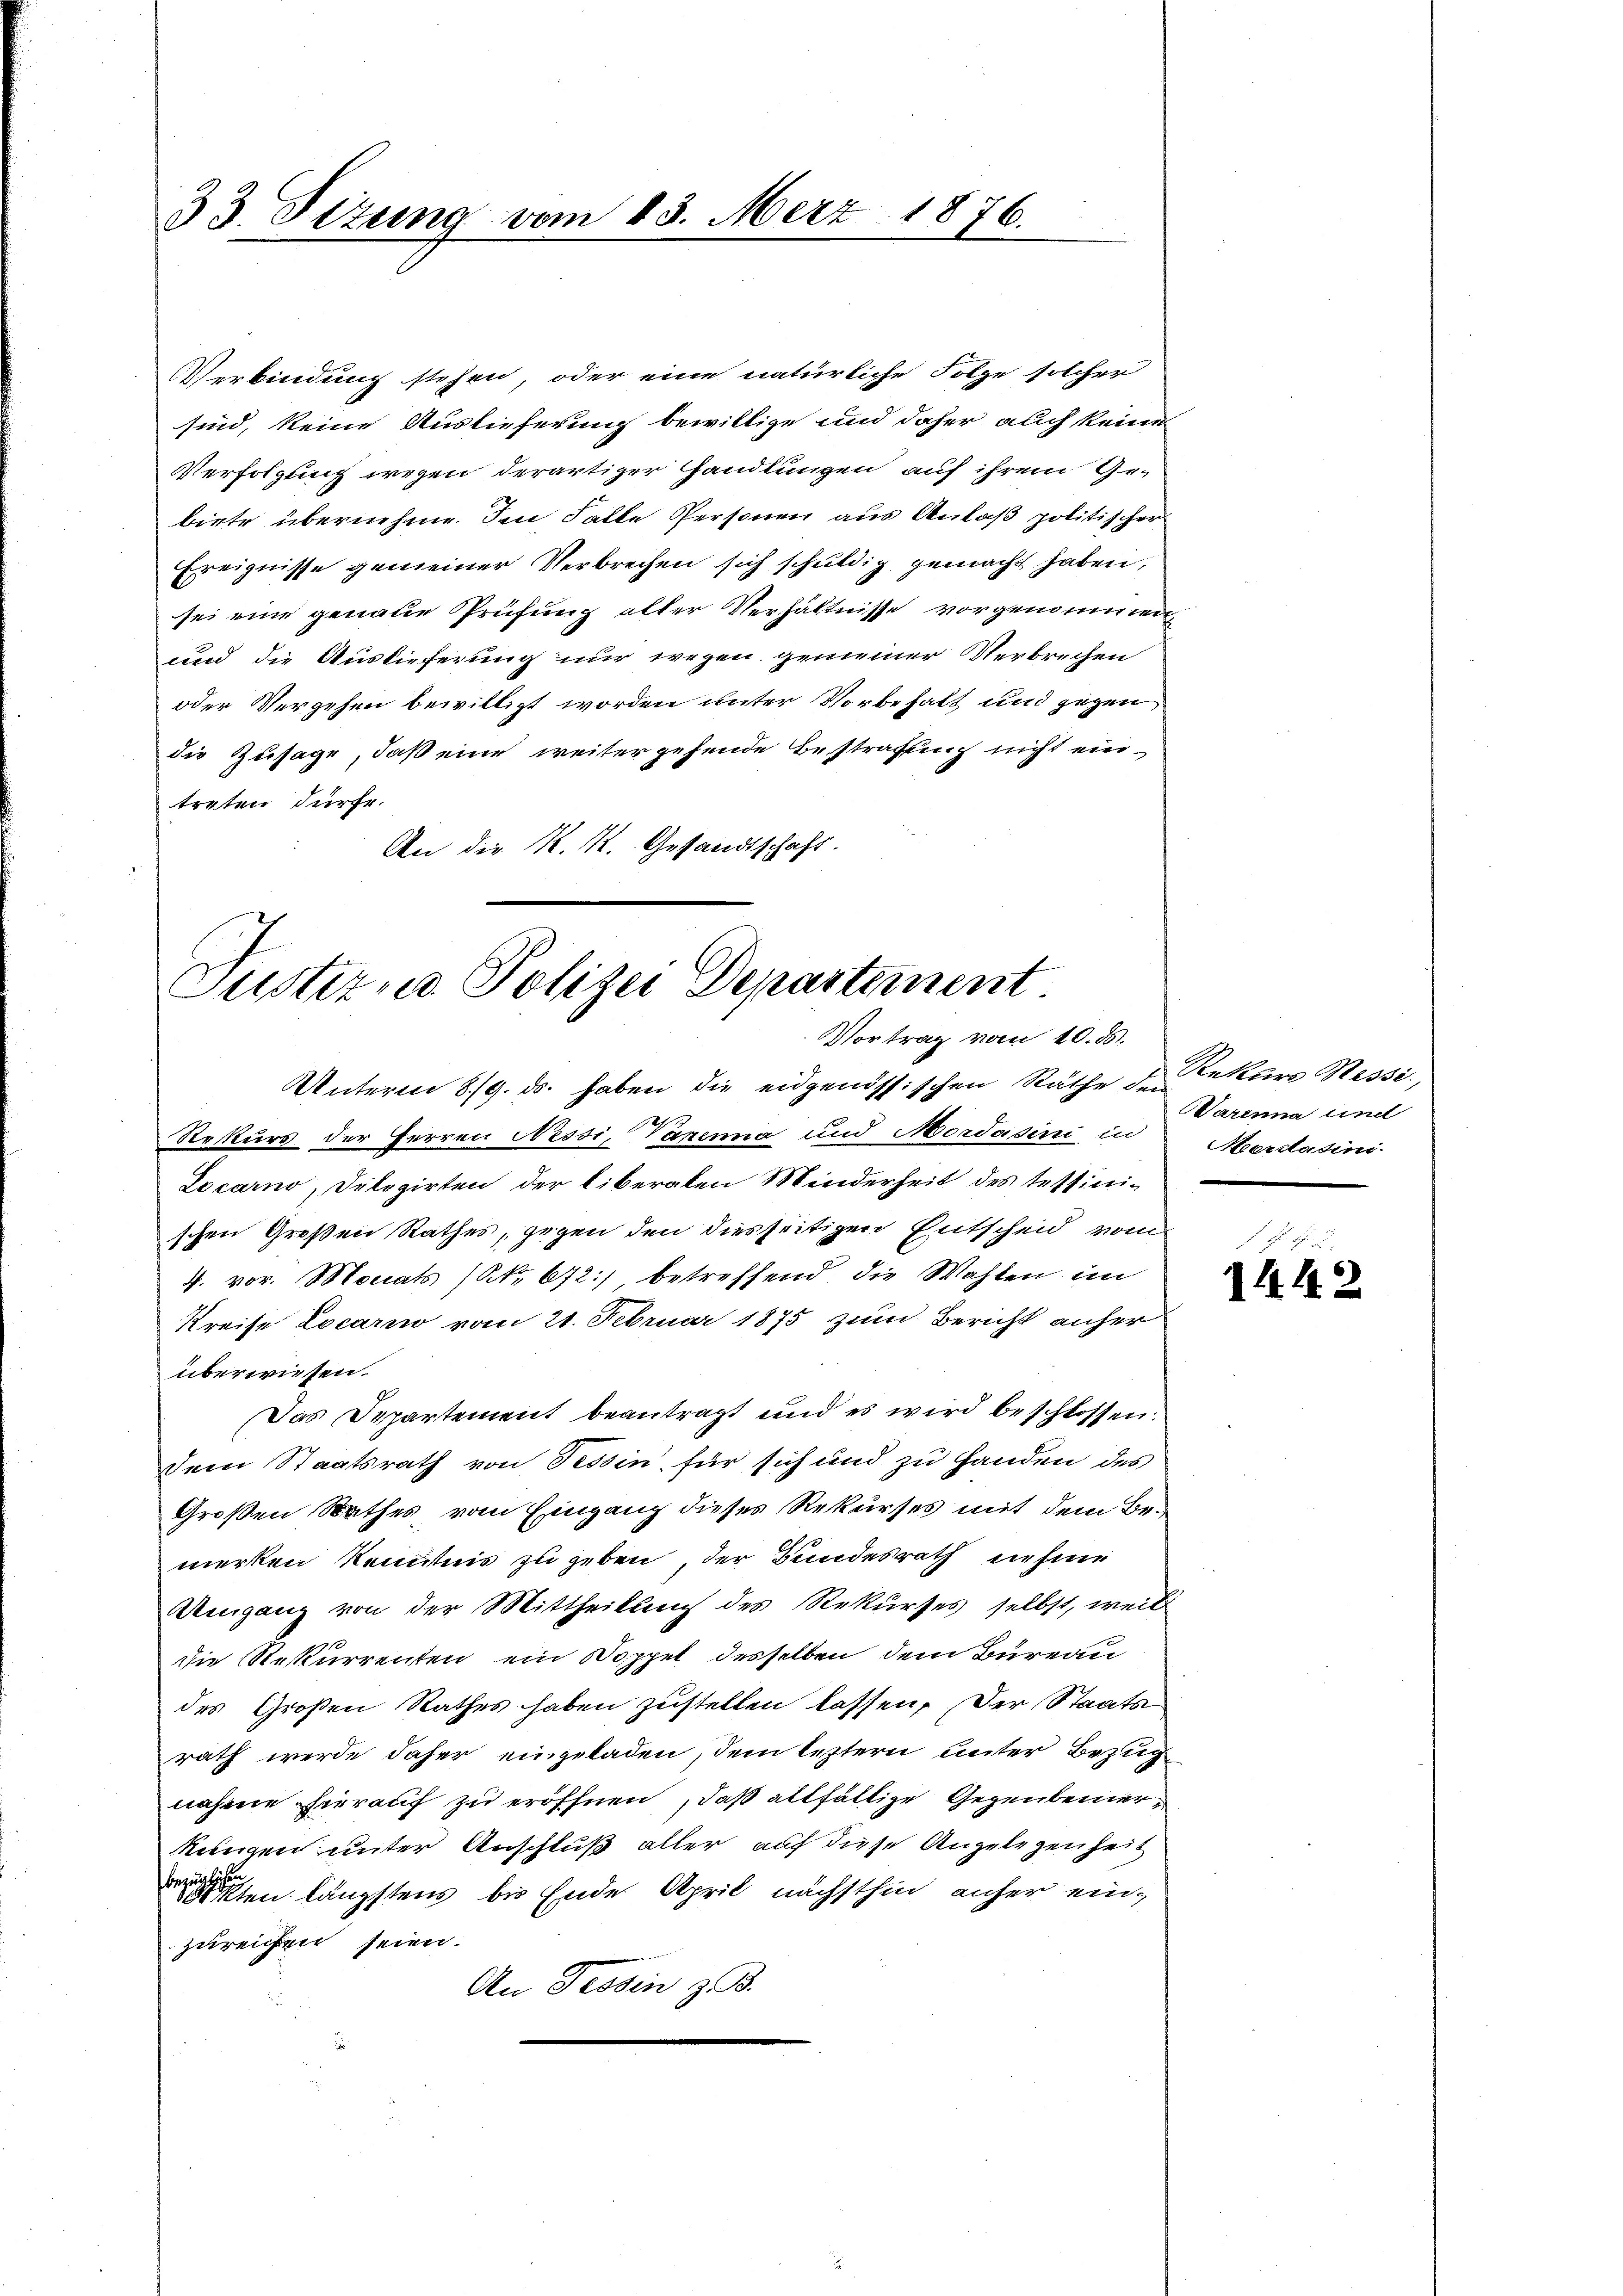
33. Sizung vom 13. März 1876.

Verbindung stehen, oder eine natürliche Folge solcher
sind, keine Auslieferung bewillige und daher auch keine
Verfolgung wegen derartiger Handlungen auf ihrem Ge-
biete übernehme. Im Falle Personen aus Anlaß politischer
Ereignisse gemeiner Verbrechen sich schuldig gemacht haben,
sei eine genaue Prüfung alter Verhältnisse vorgenommen
und die Auslieferung nur wegen gemeiner Verbrechen
oder Vergehen bewilligt worden unter Vorbehalt und gegen
die Zusage, daß eine weitergehende Bestrafung nicht eintreten dürfe.
An die K. K. Gesandtschaft.

Justiz u. Polizei Departement.
Vortrag vom 10. d.

Unterm 8/9. ds. haben die eidgenössischen Räthe der Rekurs Nessi,
2
Rekurs der Herren Nessi, Vazenna und Mordasini in Mordatini-
Locarno, Delegirten der liberaten Minderheit des teffinischen Großen Rathes, gegen den diesseitigen Entscheid vom
4. vor. Monats (S. 672) betreffend die Wahlen im
Kreise Locario vom 21. Februar 1875 zum Bericht anher
überwiesen.
Das Departement beantragt und es wird beschlossen:
dem Staatsrath von Tessin, für sich und zu Handen des
Großen Rathes vom Eingang dieses Rekurses mit dem Bemerken Kenntnis zu geben, der Bundesrath nehme
Umgang von der Mittheilung des Rekurses selbst, weil
die Rekurrenten ein Doppel desselben dem Bureau
des Großen Rathes haben zustellen lassen. Der Staats
rath werde daher eingeladen, dem leztern unter Bezug
nahme hierauf zu eröffnen, daß allfällige Gegenbemerkungen unter Anschluß aller auf diese Angelegenheit
eten längstens bis Ende April nächsthin anher einzureichen seien.
An Tessin z. B.

Darenna und

1442